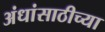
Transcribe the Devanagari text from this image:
अंधांसाठीच्या